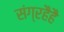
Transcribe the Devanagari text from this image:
संग्रहैहै